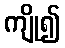
ကျို၍